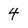
Character: 4